Vaccination in Burma 1920-1933 - 1920-1933
Year: 1920
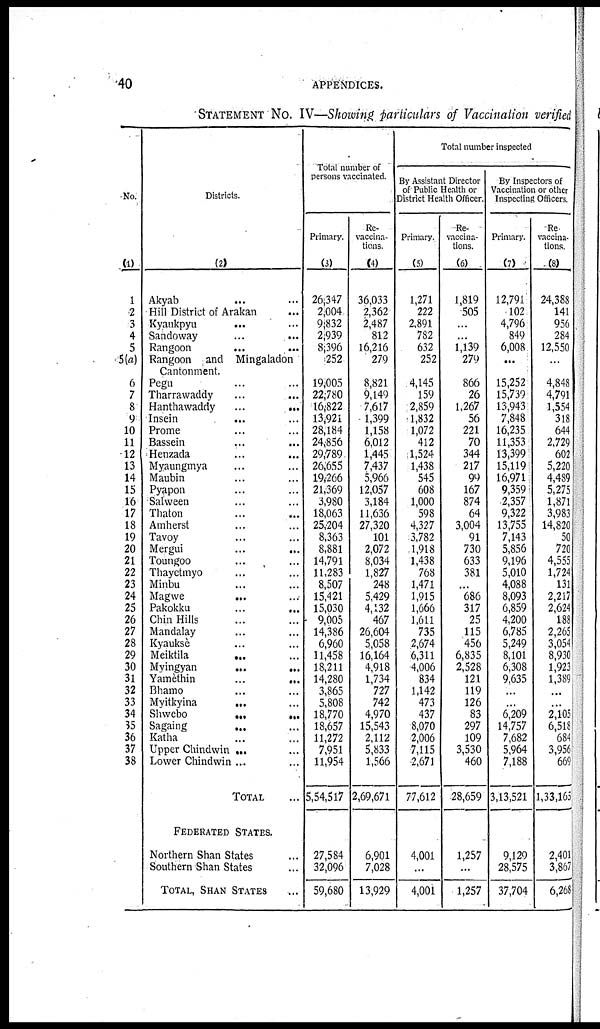
40
APPENDICES.
STATEMENT NO. IV—Showing particulars of Vaccination verified
No.
(1)
1
2
3
4
5
5(a)
6
7
8
9
10
11
12
13
14
15
16
17
18
19
20
21
22
23
24
25
26
27
28
29
30
31
32
33
34
35
36
37
38
Districts.
(2)
Akyab ... ...
Hill District of Arakan ...
Kyaukpyu
...
...
Sandoway ... ...
Rangoon
...
...
Rangoon and Mingaladon
Cantonment.
Pegu ...
Tharrawaddy
...
...
Hanthawaddy
...
...
Insein ... ...
Prome ... ...
Bassein
...
...
Henzada ... ...
Myaungmya ... ...
Maubin ... ...
Pyapon ... ...
Salween ... ...
Thaton ... ...
Amherst ... ...
Tavoy ... ...
Mergui
...
...
Toungoo ... ...
Thayctmyo ... ...
Minbu ... ...
Magwe
...
...
Pakokku
...
...
Chin Hills ... ...
Mandalay ... ...
Kyaukse ... ...
Meiktila
...
...
Myingyan ... ...
Yamèthin
...
...
Bhamo ... ...
Myitkyina
...
...
Shwebo
...
...
Sagaing ... ...
Katha ... ...
Upper Chindwin ... ...
Lower Chindwin ... ...
TOTAL ...
FEDERATED STATES.
Northern Shan States ...
Southern Shan States ...
TOTAL SHAN STATES ...
Total number of
persons vaccinated.
Primary.
(3)
26,347
2,004
9,832
2,939
8,396
252
19,005
22,780
16,822
13,921
28,184
24,856
29,789
26,655
19,266
21,369
3,980
18,063
25,204
8,363
8,881
14,791
11,283
8,507
15,421
15,030
9,005
14,386
6,960
11,458
18,211
14,280
3,865
5,808
18,770
18,657
11,272
7,951
11,954
5,54,517
27,584
32,096
59,680
Re-
vaccina-
tions.
(4)
36,033
2,362
2,487
812
16,216
279
8,821
9,149
7,617
1,399
1,158
6,012
1,445
7,437
5,966
12,057
3,184
11,636
27,320
101
2,072
8,034
1,827
248
5,429
4,132
467
26,604
5,058
16,164
4,918
1,734
727
742
4,970
15,543
2,112
5,833
1,566
2,69,671
6,901
7,028
13,929
Total number inspected
By Assistant Director
of Public Health or
District Health Officer.
Primary.
(5)
1,271
222
2,891
782
632
252
4,145
159
2,859
1,832
1,072
412
1,524
1,438
545
608
1,000
598
4,327
3,782
1,918
1,438
768
1,471
1,915
1,666
1,611
735
2,674
6,311
4,006
834
1,142
473
437
8,070
2,006
7,115
2,671
77,612
4,001
...
4,001
Re-
vaccina-
tions.
(6)
1,819
505
...
...
1,139
279
866
26
1,267
56
221
70
344
217
99
167
874
64
3,004
91
730
633
381
...
686
317
25
115
456
6,835
2,528
121
119
126
83
297
109
3,530
460
28,659
1,257
...
1,257
By Inspectors of
Vaccination or other
Inspecting Officers.
Primary.
(7)
12,791
102
4,796
849
6,008
...
15,252
15,739
13,943
7,848
16,235
11,353
13,399
15,119
16,971
9,359
2,357
9,322
13,755
7,143
5,856
9,196
5,010
4,088
8,093
6,859
4,200
6,785
5,249
8,101
6,308
9,635
...
...
6,209
14,757
7,682
5,964
7,188
3,13,521
9,129
28,575
37,704
Re
vaccina-
tions.
(8)
24,388
141
956
284
12,550
...
4,848
4,791
1,554
318
644
2,729
602
5,220
4,489
5,275
1,871
3,983
14,820
50
720
4,555
1,724
131
2,217
2,624
188
2,265
3,054
8,930
1,923
1,389
...
...
2,105
6,518
684
3,956
669
1,33,165
2,401
3,867
6,268